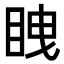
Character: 𭾫